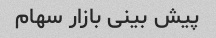
پیش بینی بازار سهام